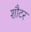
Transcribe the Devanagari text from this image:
शौटर